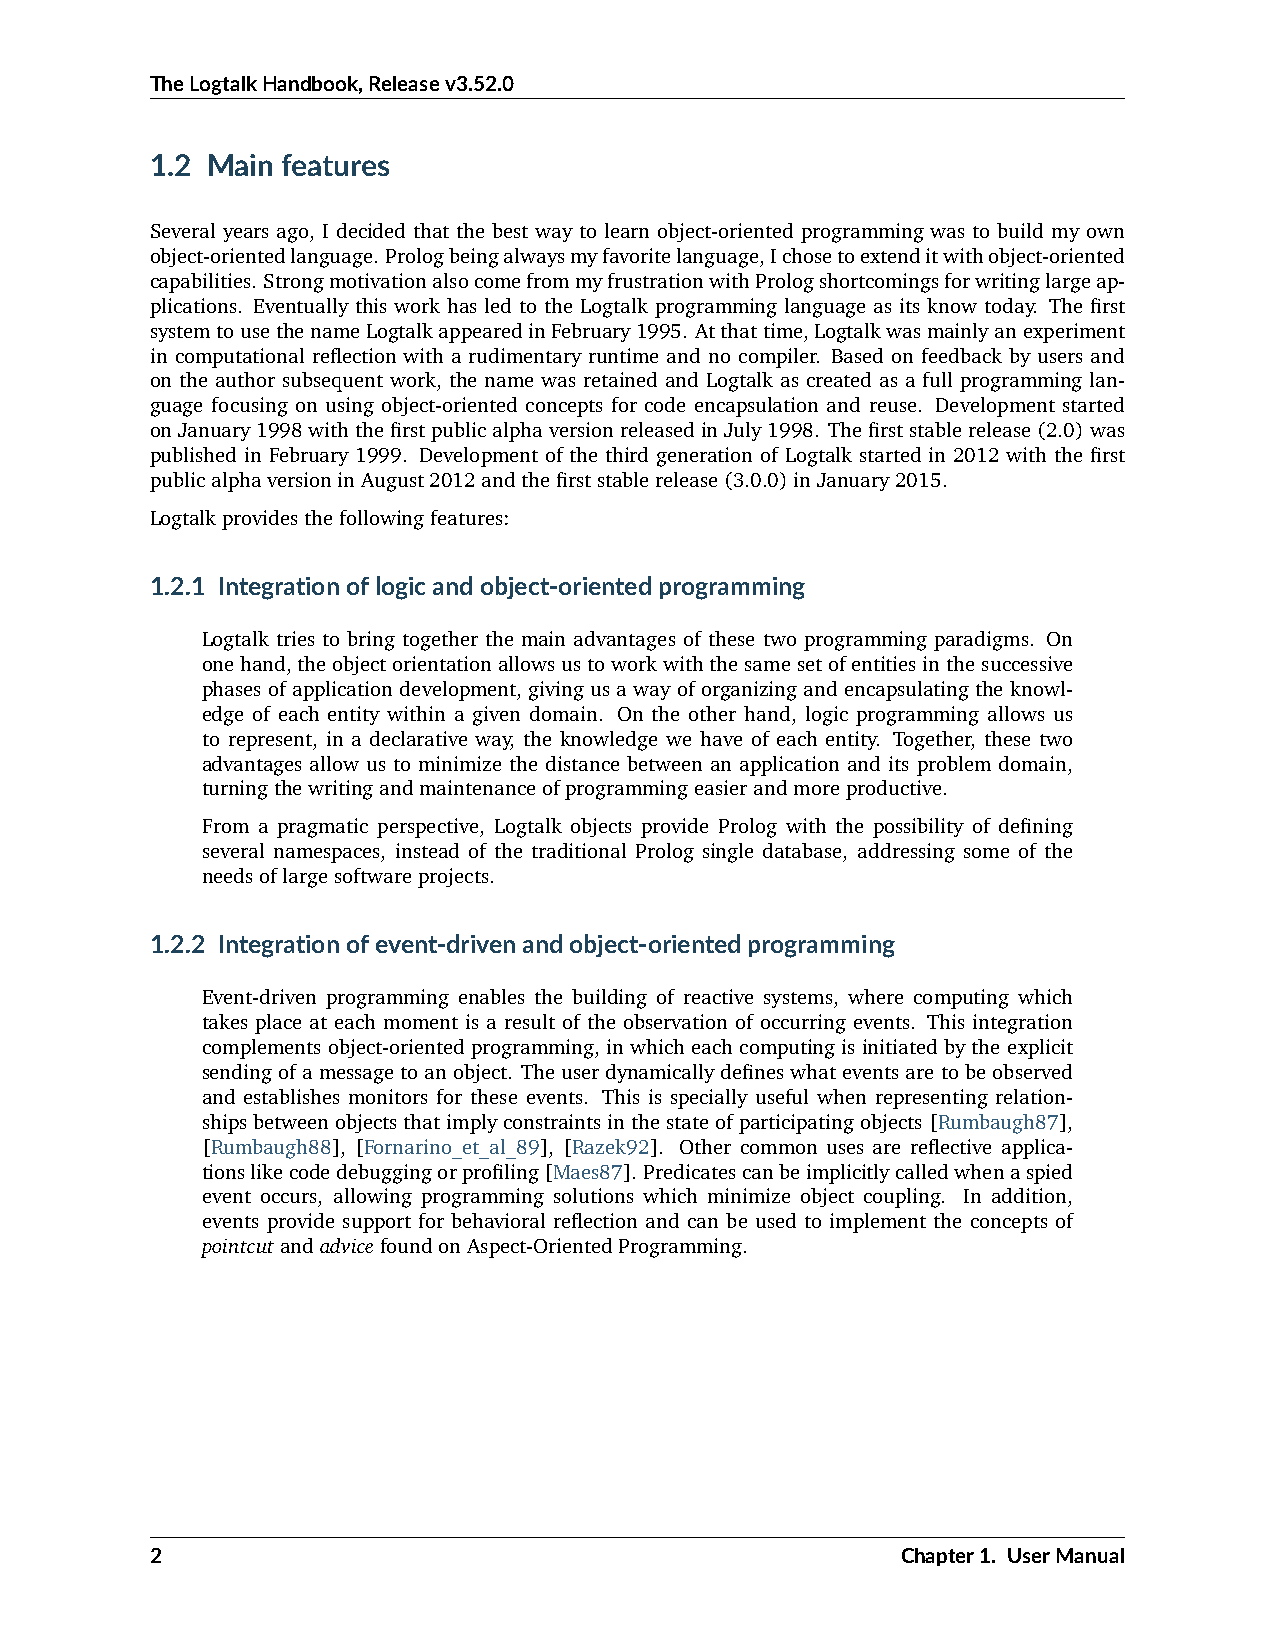
TheLogtalkHandbook,Releasev3.52.0
 1.2 Main features
 Several years ago, I decided that the best way to learn object-oriented programming was to build my own
 object-orientedlanguage. Prologbeingalwaysmyfavoritelanguage,Ichosetoextenditwithobject-oriented
 capabilities. StrongmotivationalsocomefrommyfrustrationwithPrologshortcomingsforwritinglargeap-
 plications. Eventually this work has led to the Logtalk programming language as its know today. The first
 systemtousethenameLogtalkappearedinFebruary1995. Atthattime,Logtalkwasmainlyanexperiment
 in computational reflection with a rudimentary runtime and no compiler. Based on feedback by users and
 on the author subsequent work, the name was retained and Logtalk as created as a full programming lan-
 guage focusing on using object-oriented concepts for code encapsulation and reuse. Development started
 onJanuary1998withthefirstpublicalphaversionreleasedinJuly1998. Thefirststablerelease(2.0)was
 published in February 1999. Development of the third generation of Logtalk started in 2012 with the first
 publicalphaversioninAugust2012andthefirststablerelease(3.0.0)inJanuary2015.
 Logtalkprovidesthefollowingfeatures:
 1.2.1 Integrationoflogicandobject-orientedprogramming
 Logtalk tries to bring together the main advantages of these two programming paradigms. On
 onehand,theobjectorientationallowsustoworkwiththesamesetofentitiesinthesuccessive
 phases of application development, giving us a way of organizing and encapsulating the knowl-
 edge of each entity within a given domain. On the other hand, logic programming allows us
 to represent, in a declarative way, the knowledge we have of each entity. Together, these two
 advantages allow us to minimize the distance between an application and its problem domain,
 turningthewritingandmaintenanceofprogrammingeasierandmoreproductive.
 From a pragmatic perspective, Logtalk objects provide Prolog with the possibility of defining
 several namespaces, instead of the traditional Prolog single database, addressing some of the
 needsoflargesoftwareprojects.
 1.2.2 Integrationofevent-drivenandobject-orientedprogramming
 Event-driven programming enables the building of reactive systems, where computing which
 takes place at each moment is a result of the observation of occurring events. This integration
 complements object-oriented programming, in which each computing is initiated by the explicit
 sendingofamessagetoanobject. Theuserdynamicallydefineswhateventsaretobeobserved
 and establishes monitors for these events. This is specially useful when representing relation-
 shipsbetweenobjectsthatimplyconstraintsinthestateofparticipatingobjects[Rumbaugh87],
 [Rumbaugh88], [Fornarino_et_al_89], [Razek92]. Other common uses are reflective applica-
 tionslikecodedebuggingorprofiling[Maes87]. Predicatescanbeimplicitlycalledwhenaspied
 event occurs, allowing programming solutions which minimize object coupling. In addition,
 events provide support for behavioral reflection and can be used to implement the concepts of
 pointcutandadvicefoundonAspect-OrientedProgramming.
 2                                                 Chapter1. UserManual